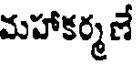
మహాకర్మణే